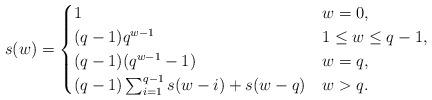
LaTeX: \begin{align*}s(w)=\begin{cases}1 & w=0, \\(q-1) q^{w-1} & 1 \leq w \leq q-1, \\(q-1) (q^{w-1}-1) & w=q,\\(q-1) \sum_{i=1}^{q-1} s(w-i)+s(w-q) & w>q.\end{cases}\end{align*}